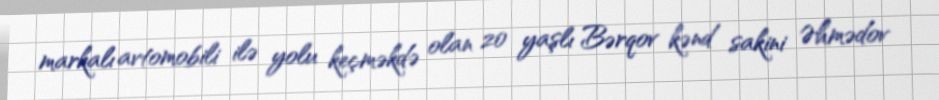
markalı avtomobili ilə yolu keçməkdə olan 20 yaşlı Bərqov kənd sakini Əhmədov